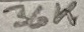
Text: 36K